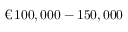
\textup { \texteuro } \, 1 0 0 , 0 0 0 - 1 5 0 , 0 0 0